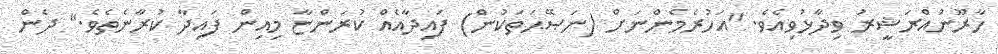
ހާރޫނުއްރަޝީރު ވިދާޅުވިއެވެ. "އަހުރެމެންނަށް (ނަޞޭޙަތަކުން) ފައިދާއެއް ކުރަންޏާ މިއިން ފައިދާ ކުރާނެތެވެ." ދެން